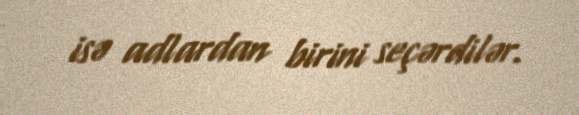
isə adlardan birini seçərdilər.